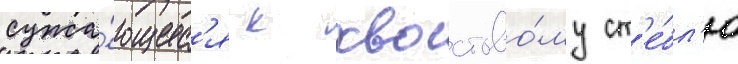
сужа́ющеес'я к хвостово́му ст'е́бл'ю